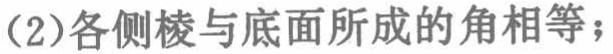
(2)各侧棱与底面所成的角相等；